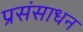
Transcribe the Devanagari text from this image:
प्रसंसाधन